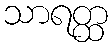
သာရတ္ထ